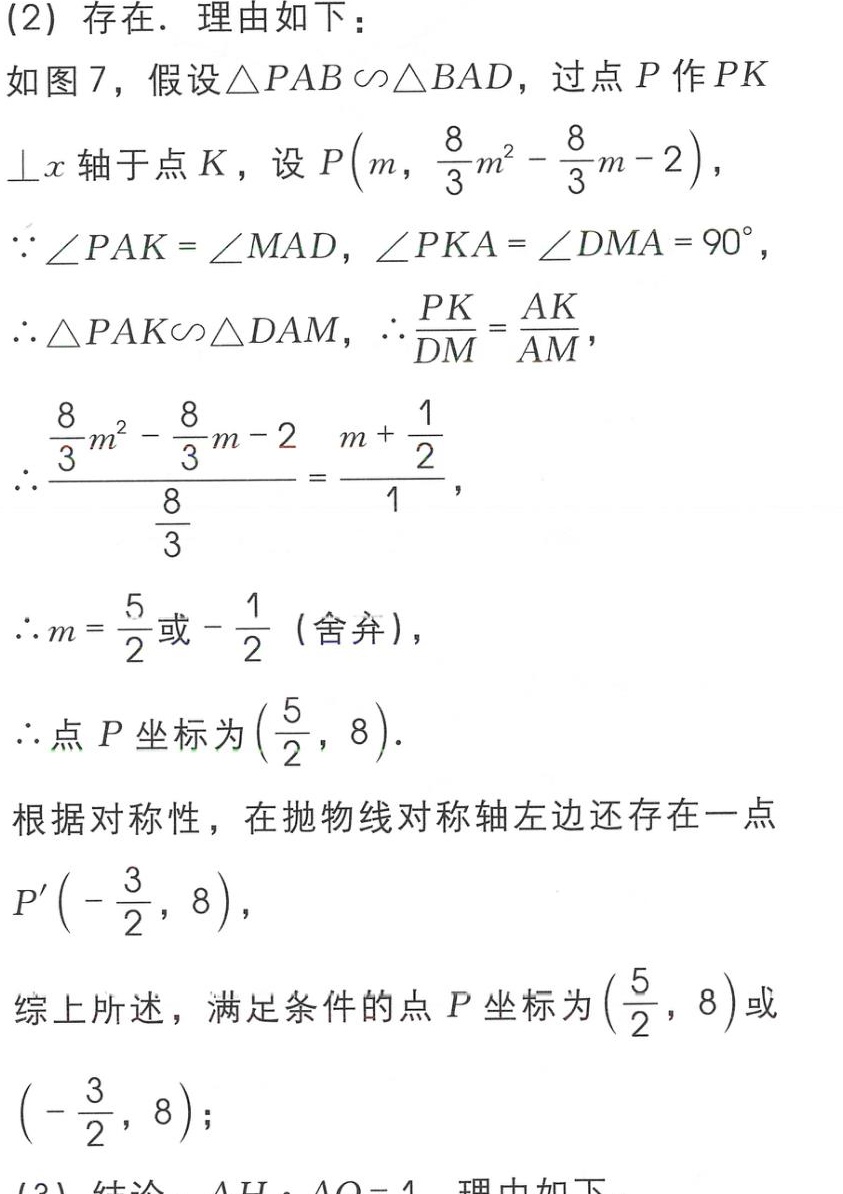
(2) 存在．理由如下：
如图 7，假设\(\triangle PAB\backsim\triangle BAD\)，过点 \(P\) 作 \(PK\perp x\) 轴于点 \(K\)，设 \(P\left(m,\frac{8}{3}m^{2}-\frac{8}{3}m - 2\right)\)，
\(\because\angle PAK=\angle MAD\)，\(\angle PKA=\angle DMA = 90^{\circ}\)，
\(\therefore\triangle PAK\backsim\triangle DAM\)，\(\therefore\frac{PK}{DM}=\frac{AK}{AM}\)，
\(\therefore\frac{\frac{8}{3}m^{2}-\frac{8}{3}m - 2}{\frac{8}{3}}=\frac{m+\frac{1}{2}}{1}\)，
\(\therefore m=\frac{5}{2}\)或\(-\frac{1}{2}\)（舍弃），
\(\therefore\)点 \(P\) 坐标为\(\left(\frac{5}{2},8\right)\)．
根据对称性，在抛物线对称轴左边还存在一点 \(P'\left(-\frac{3}{2},8\right)\)，
综上所述，满足条件的点 \(P\) 坐标为\(\left(\frac{5}{2},8\right)\)或\(\left(-\frac{3}{2},8\right)\)；
(3) 结论 \(AH\cdot AQ = 1\) 理由如下